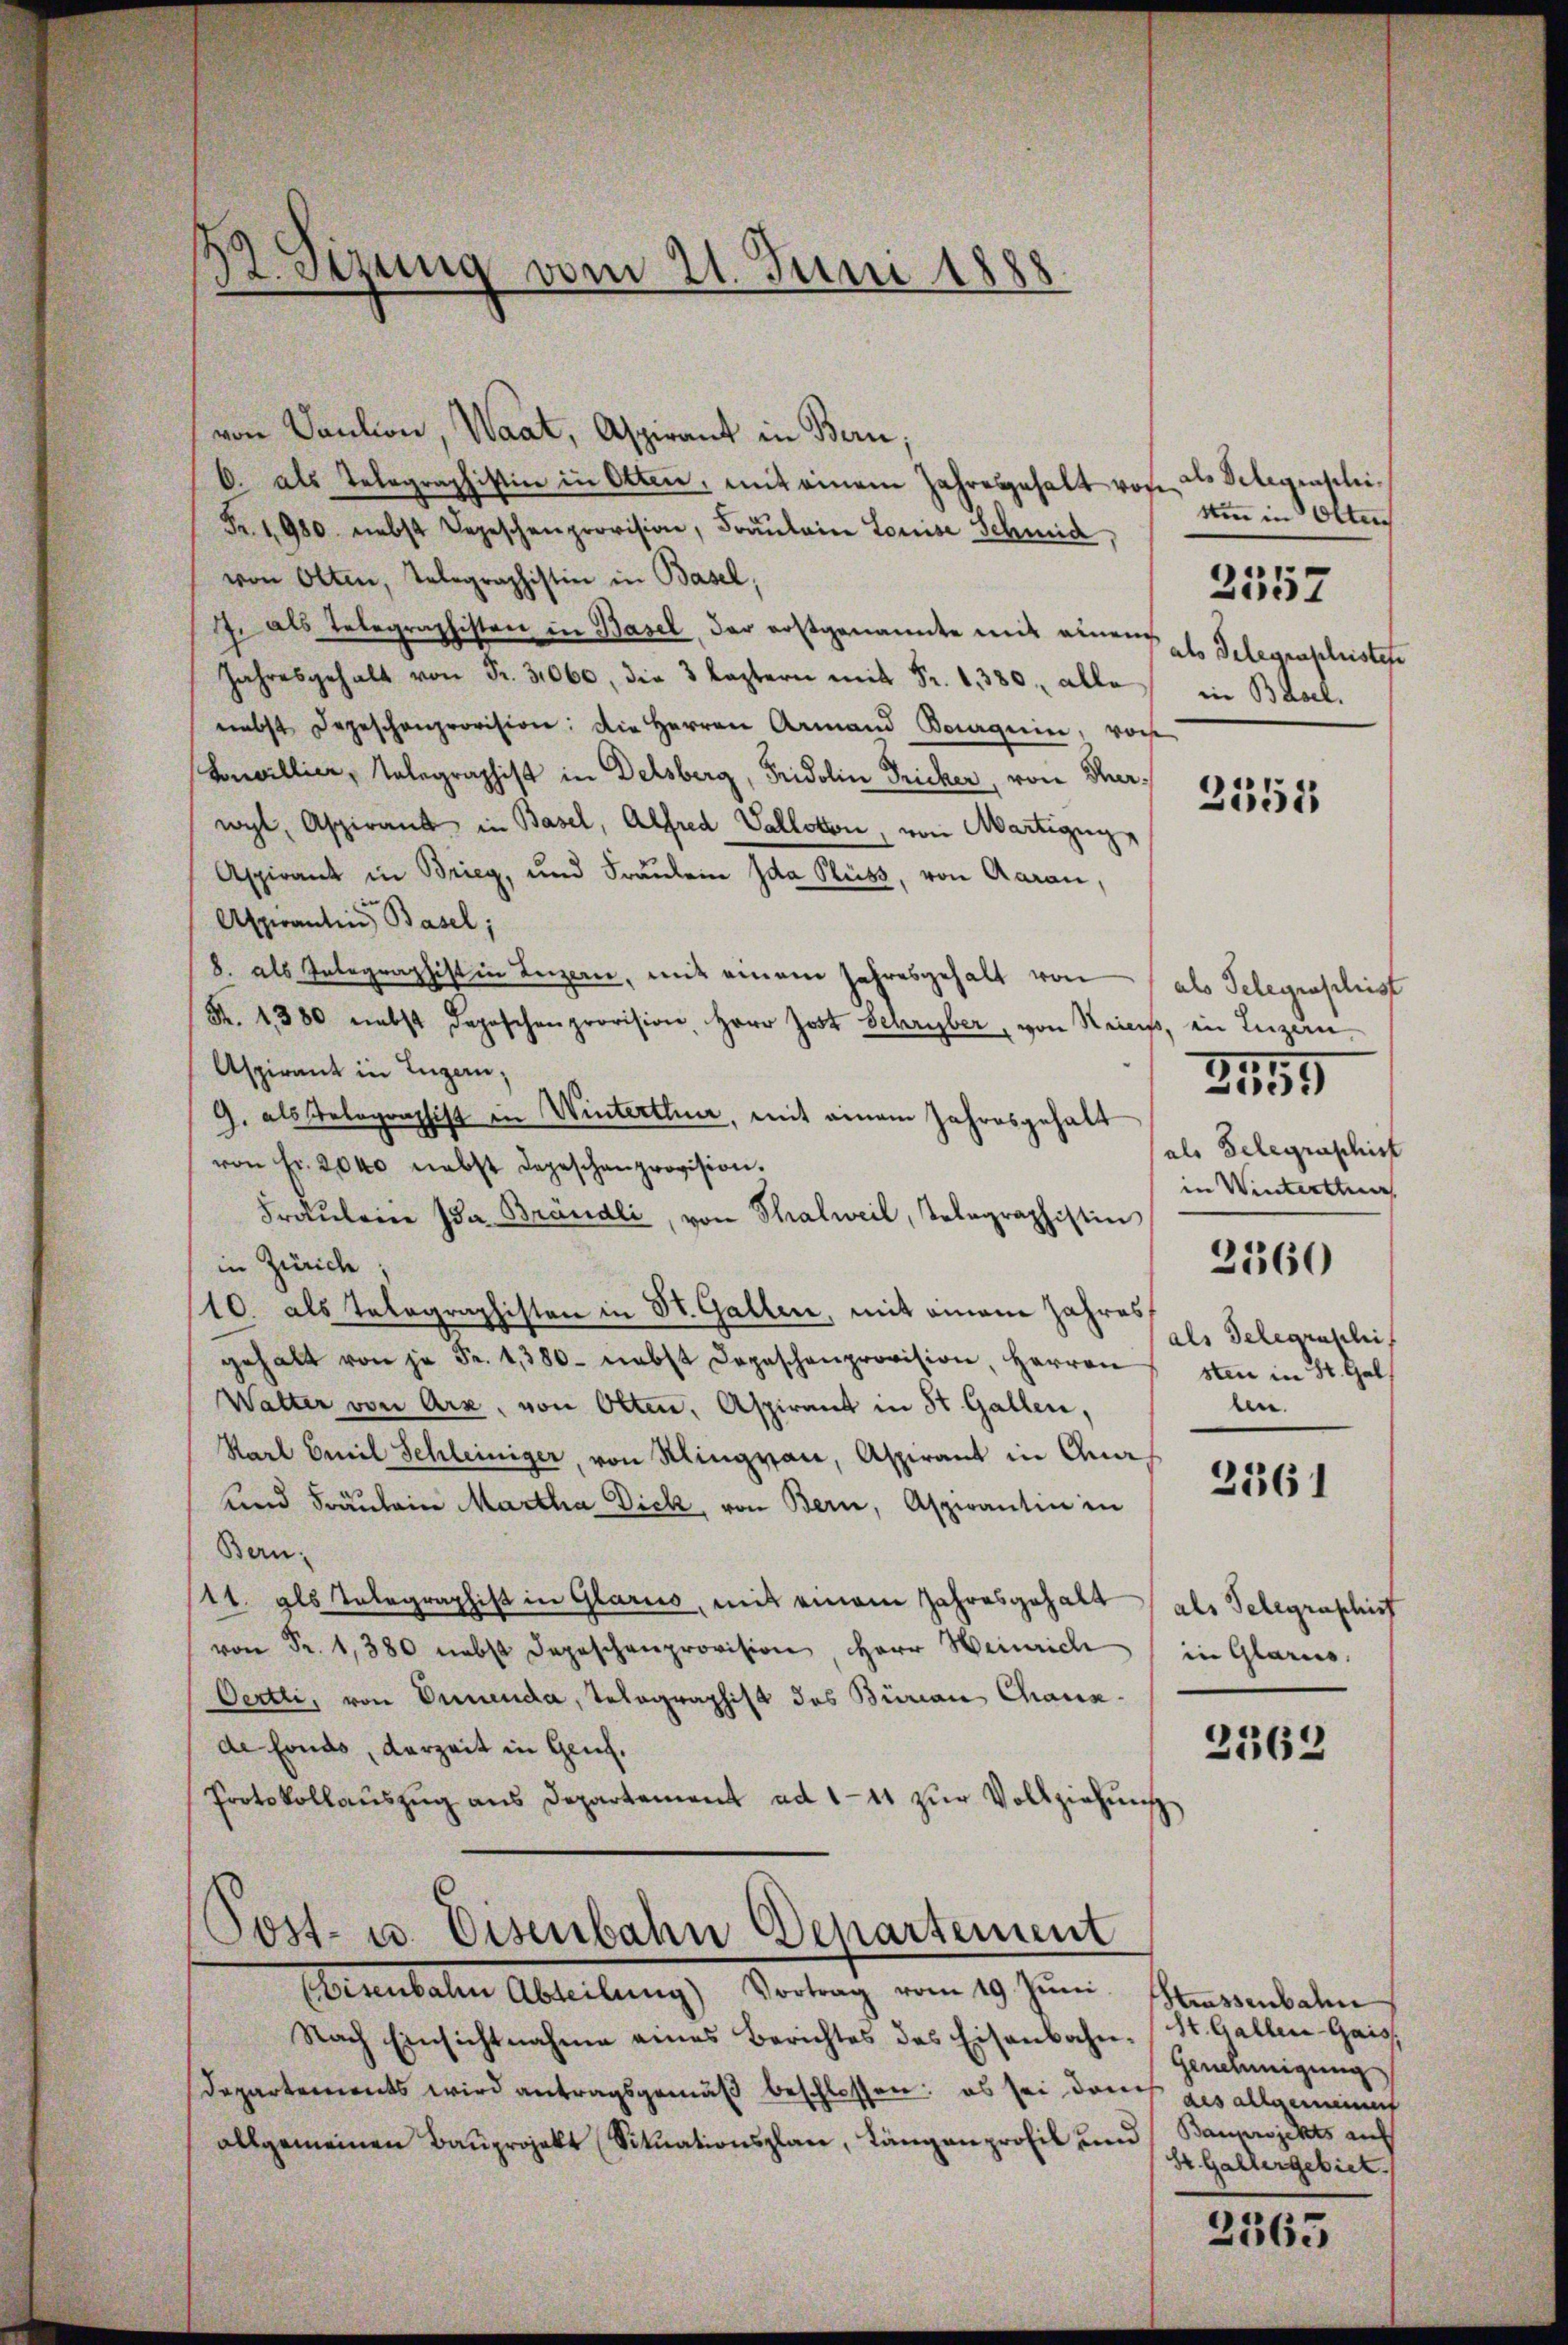
von Paulion, Waat, Aspirant in Bern,
C. als Telegraphistice in Otten, mit einem Jahresgehalt von des Selegenschi¬
Fr. 1980 nebst Depeschenprovision, Fräŭlein Louise Schmid,
von Olten, Telegraphistin in Basel,
Je als Telegraphisten in Basel, der erstgenannte mit einem
Jahresgehalt von Fr. 31060, die 3 leztern mit Fr. 1380. alle in Basel,
nebst Degeschenprovision: Die Herren Armand Boguin, vors
Concillier, Telegraphist in Delsberg, Fridolin Fricker, von Therwyl, Aspirant in Basel, Alfred Vallotion, von Martigun
Aspirant in Brieg, und Fraŭlein Ida Pluss, von Aarau,
Aspirantin, Basel;
8. als Integraphist in Luzern, mit einem Jahresgehalt von
Fr. 1380 nebst Depeschenprovision, Herr Jost Schriber, von Reins, in Luzan¬
Aspirant in Luzern,
G. als Telegraphist in Winterthur, mit einem Jahresgehalt
von Fr. 2040 nebst Depeschenprovision.
Fräŭleine (da Brändli, von Thalweil, Telegraphistin
in Zürich:
10. als Telegraphisten in St. Gallen, mit einem Jahres
gehalt von je Fr. 1380- nebst Depeschenprovision, Herren
Walter von Arx, von Otten, Aspirant in St. Gallen,
Karl Emil Schleiniger, von Mingvan, Aspirant in Ana¬
und Fräulein Martha Dick, von Bern, Aspirantin in
Bern.
11. als Telegraphist in Glarus, mit einem Jahresgehalt (als Telegraphist
 Fr. 1380 nebst Depeschenprovision, Herr Weinrich in Glarus.
Oertli, von Dunenda, Telegraphist des Burian Chaux-
de fonds, derzeit in Genf.
Protokollaŭszŭg ans Departement ad 111 zŭr Vollziehŭng

R. sezung vom 21. Juni 1888.

Post- u. Eisenbahn Departement
Eisenbale Abteilŭng Vortrag vom 19. Jŭni

Nach Einsichtnahme eines Berichtes des Eisenbahn-St. Gallen-Gais
Departements wird antragsgemäß beschlossen: es sei dauch gesallgemeint
allgemeinen Bauprojekt (Situationsplan, Längenprofil und

Um in Olten
als Delegenschristet

2557

2552

als Gelegenschrist
als Gelegraphist
in Winterthur

155.
.1)

als Delegraschif
sten in St. Gal
ben.

2360

2361

3562

Strassenbahn
Genehmigung
Baunrojekts auf
St. Gallergebiet

2565